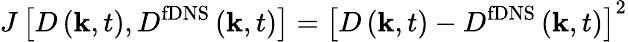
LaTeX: J\left[{{{D}}\left({\mathbf{k},t}\right),{{D^{\mathrm{{{fDNS}}}}}}\left({\mathbf{k},t}\right)}\right]={\left[{{{D}}\left({\mathbf{k},t}\right)-{{{D^{\mathrm{{{fDNS}}}}}}}\left({\mathbf{k},t}\right)}\right]^{2}}